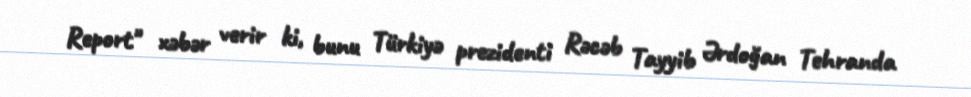
Report" xəbər verir ki, bunu Türkiyə prezidenti Rəcəb Tayyib Ərdoğan Tehranda